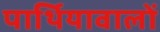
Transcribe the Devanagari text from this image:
पार्थियावालों